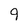
Character: 9